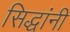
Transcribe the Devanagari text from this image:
सिद्धांनी